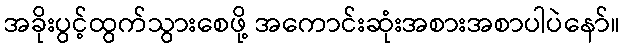
အခိုးပွင့်ထွက်သွားစေဖို့ အကောင်းဆုံးအစားအစာပါပဲနော်။